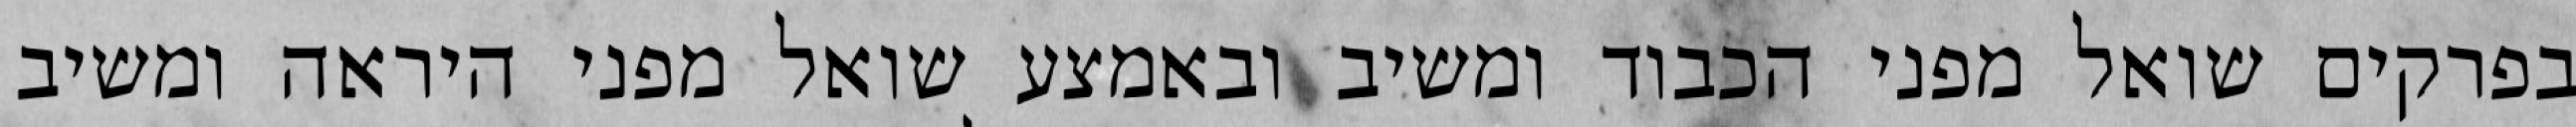
בפרקים שואל מפני הכבוד ומשיב ובאמצע שואל מפני היראה ומשיב